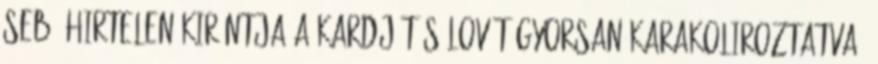
Sebő hirtelen kirántja a kardját s lovát gyorsan karakoliroztatva,